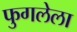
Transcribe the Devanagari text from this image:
फुगलेला